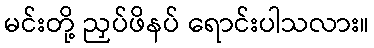
မင်းတို့ ညှပ်ဖိနပ် ရောင်းပါသလား။